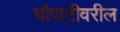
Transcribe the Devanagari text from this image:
चौपाटीवरील